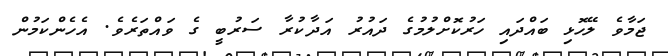
ޖަމާވެ ލޭހޮޅި ބައްދައި ހަރުކޮށްލުމުގެ ދައުރު އަދާކުރާ ސަރުބީ ގެ ވައްތަރެވެ. އެހެންކަމުން